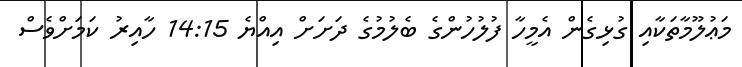
މަޢުލޫމާތަކާއި ގުޅިގެން އެމީހާ ފުލުހުންގެ ބެލުމުގެ ދަށަށް އިއްޔެ 14:15 ހާއިރު ކަމަށްވެސް